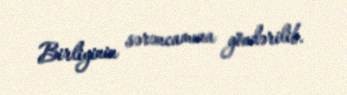
Birliyinin sərəncamına göndərilib.